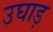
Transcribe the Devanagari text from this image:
उघाड़